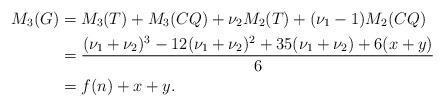
LaTeX: \begin{align*}M_3(G) &= M_3(T) +M_3(CQ) + \nu_2M_2(T)+(\nu_1-1)M_2(CQ)\\&= \frac{(\nu_1 + \nu_2)^3 - 12(\nu_1 + \nu_2)^2 + 35(\nu_1 + \nu_2)+ 6(x+y)}{6}\\&= f(n) + x+y.\end{align*}